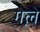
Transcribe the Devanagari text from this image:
गेले़